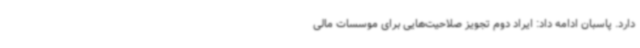
دارد. پاسبان ادامه داد: ایراد دوم تجویز صلاحیت‌هایی برای موسسات مالی